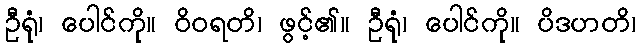
ဦရုံ၊ ပေါင်ကို။ ဝိဝရတိ၊ ဖွင့်၏။ ဦရုံ၊ ပေါင်ကို။ ပိဒဟတိ၊